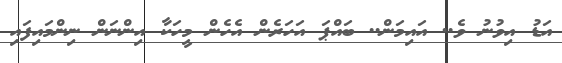
އަޑު އިވުނު ވެ.. އައިމަން.. ބައްޕަ އަހަރެން އެހެން މީހަކާ އިންނަން ނިންމައިފައި